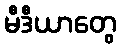
မီဒီယာတွေ